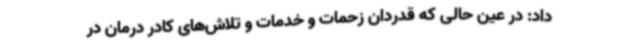
داد: در عین حالی که قدردان زحمات و خدمات و تلاش‌های کادر درمان در